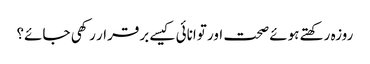
روزہ رکھتے ہوئے صحت اور توانائی کیسے برقرار رکھی جائے؟